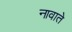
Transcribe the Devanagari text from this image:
नावाते